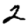
Digit: 2